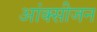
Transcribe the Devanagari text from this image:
आंक्सीजन